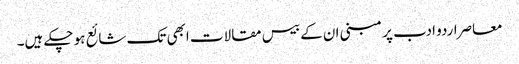
معاصراردو ادب پر مبنی ان کے بیس مقالات ابھی تک شائع ہو چکے ہیں۔